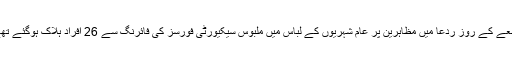
جمعے کے روز ردعا میں مظاہرین پر عام شہریوں کے لباس میں ملبوس سیکیورٹی فورسز کی فائرنگ سے 26 افراد ہلاک ہوگئے تھے۔